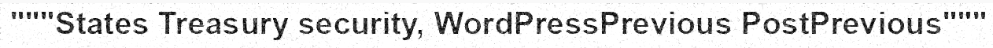
"""States Treasury security, WordPressPrevious PostPrevious"""